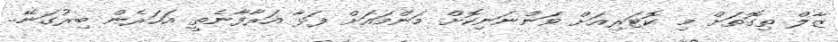
ޒާލް ތިގޮތަށް މި ކޮޓަރިއަށް ވަންނަނިކޮށް މަންމައަށް ފަޅާ އަރާފާނެތީ އަހަރެން ބިރުގަނޭ..